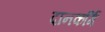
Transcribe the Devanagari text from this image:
दानकर्मि